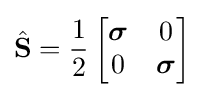
{\hat {\mathbf {S} }}={\frac {1}{2}}\left[{\begin{matrix}{\boldsymbol {\sigma }}&0\\0&{\boldsymbol {\sigma }}\end{matrix}}\right]